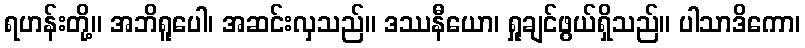
ရဟန်းတို့။ အဘိရူပေါ၊ အဆင်းလှသည်။ ဒဿနီယော၊ ရှုချင်ဖွယ်ရှိသည်။ ပါသာဒိကော၊